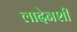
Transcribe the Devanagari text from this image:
लादेनशी